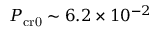
P _ { \mathrm { c r 0 } } \sim 6 . 2 \times 1 0 ^ { - 2 }